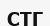
СТГ